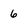
Character: 6